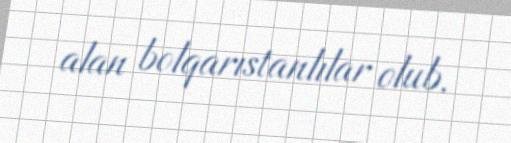
alan bolqarıstanlılar olub.